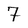
Character: 7